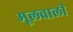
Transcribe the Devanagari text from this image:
मूलवाली